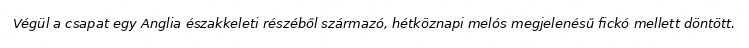
Végül a csapat egy Anglia északkeleti részéből származó, hétköznapi melós megjelenésű fickó mellett döntött.